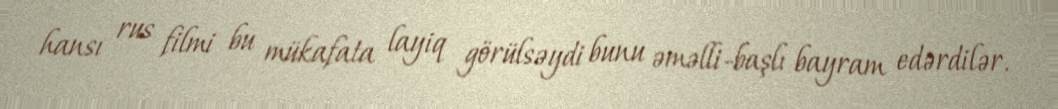
hansı rus filmi bu mükafata layiq görülsəydi bunu əməlli-başlı bayram edərdilər.